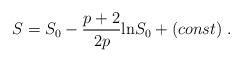
LaTeX: \begin{align*}S = S_0 - \frac{p + 2}{2 p} {\rm ln} S_0 + (const) \; .\end{align*}